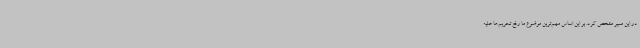
در این مسیر مشخص کرد. بر این اساس مهم‌ترین موضوع ما رفع تحریم‌ها علیه